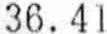
36.41